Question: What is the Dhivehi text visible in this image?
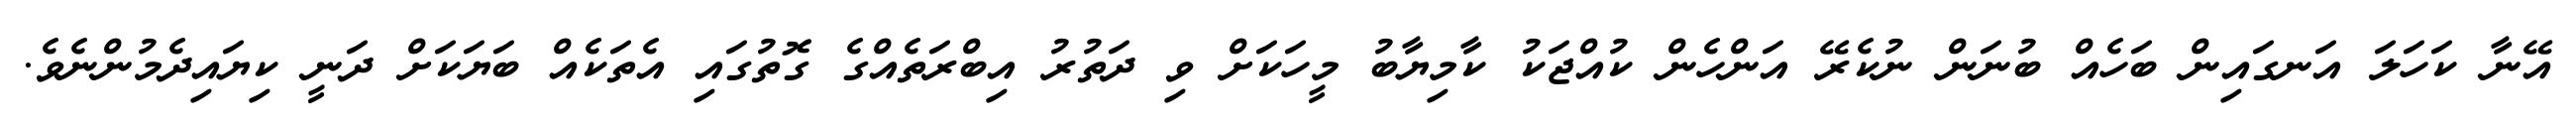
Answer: އޭނާ ކަހަލަ އަނގައިން ބަހެއް ބުނަން ނުކެރޭ އަންހެން ކުއްޖަކު ކާމިޔާބު މީހަކަށް ވި ދަތުރު އިބްރަތެއްގެ ގޮތުގައި އެތަކެއް ބަޔަކަށް ދަނީ ކިޔައިދެމުންނެވެ.